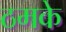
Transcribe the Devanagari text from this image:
ठमके